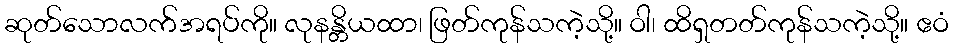
ဆုတ်သောလက်အရပ်ကို။ လုနန္တိယထာ၊ ဖြတ်ကုန်သကဲ့သို့။ ဝါ၊ ထိရှတတ်ကုန်သကဲ့သို့။ ဧဝံ